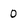
Character: 0